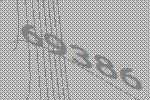
69386